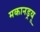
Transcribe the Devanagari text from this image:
मकानड्रयू